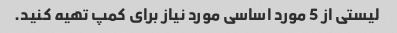
لیستی از 5 مورد اساسی مورد نیاز برای کمپ تهیه کنید.